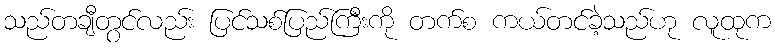
သည်တချီတွင်လည်း ပြင်သစ်ပြည်ကြီးကို တက်စ ကယ်တင်ခဲ့သည်ဟု လူထုက